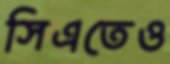
সিএতেও